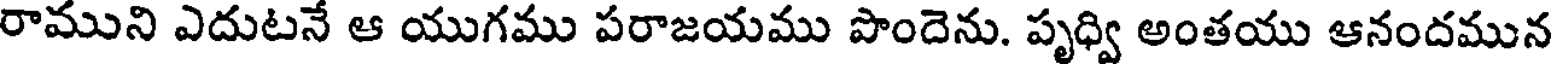
రాముని ఎదుటనే ఆ యుగము పరాజయము పొందెను. పృధ్వి అంతయు ఆనందమున